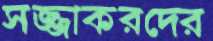
সজ্জাকরদের